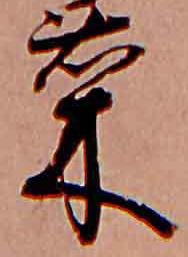
菜